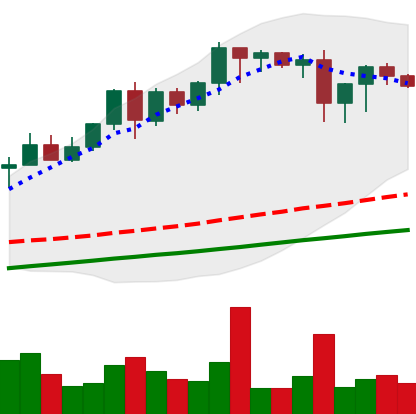
Ticker: XMR-USD
Chart end date: 2020-08-15
Forward return: 12.509%
Label: up_7plus